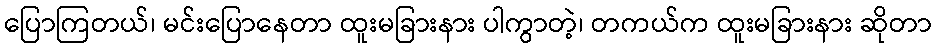
ပြောကြတယ်၊ မင်းပြောနေတာ ထူးမခြားနား ပါကွာတဲ့၊ တကယ်က ထူးမခြားနား ဆိုတာ